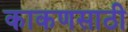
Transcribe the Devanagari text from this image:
काकणसाठी